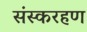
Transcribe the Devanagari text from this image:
संस्करहण